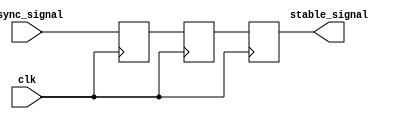
module metastability_filter (
    input wire clk,            // Clock signal
    input wire async_signal,   // Asynchronous input signal
    output reg stable_signal    // Stabilized output signal
);
    
    // Internal signals for the dual-stage synchronization
    reg ff1, ff2;

    // First stage: capture the asynchronous signal
    always @(posedge clk) begin
        ff1 <= async_signal; // Capture async signal in first flip-flop
    end

    // Second stage: sample the output of the first stage
    always @(posedge clk) begin
        ff2 <= ff1;          // Capture the output of ff1 in second flip-flop
    end

    // Output: stabilized signal from the second flip-flop
    always @(posedge clk) begin
        stable_signal <= ff2; // Produce the stable output
    end

endmodule